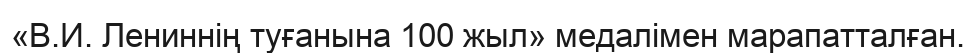
«В.И. Лениннің туғанына 100 жыл» медалімен марапатталған.